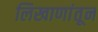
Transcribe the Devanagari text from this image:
लिखाणांतून